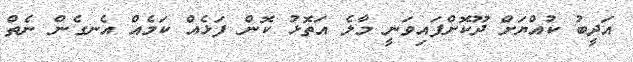
އަދީބު ކުއްޔަށް ދޫކޮށްފައިވަނީ މާލެ އަތޮޅު ކޮން ފަޅެއް ކަމެއް އެނގެން ނެތް